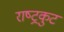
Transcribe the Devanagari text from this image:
राष्‍ट्रकुट